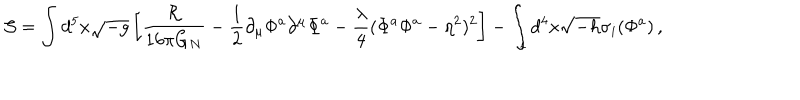
{ \cal S } = \int d ^ { 5 } x \sqrt { - g } \left[ { \frac { \cal R } { 1 6 \pi G _ { N } } } - { \frac { 1 } { 2 } } \partial _ { \mu } \Phi ^ { a } \partial ^ { \mu } \Phi ^ { a } - { \frac { \lambda } { 4 } } ( \Phi ^ { a } \Phi ^ { a } - \eta ^ { 2 } ) ^ { 2 } \right] - \int _ { i } d ^ { 4 } x \sqrt { - h } \sigma _ { i } ( \Phi ^ { a } ) \, ,